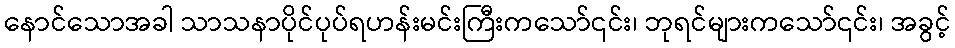
နောင်သောအခါ သာသနာပိုင်ပုပ်ရဟန်းမင်းကြီးကသော်၎င်း၊ ဘုရင်များကသော်၎င်း၊ အခွင့်